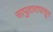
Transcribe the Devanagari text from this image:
सापुतारापासून